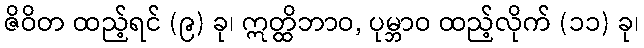
ဇိဝိတ ထည့်ရင် (၉) ခု၊ ဣတ္ထိဘာဝ, ပုမ္ဘာဝ ထည့်လိုက် (၁၁) ခု၊